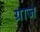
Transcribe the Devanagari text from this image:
ग्राज